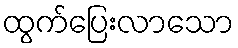
ထွက်ပြေးလာသော